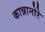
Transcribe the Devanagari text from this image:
कान्नानोरे